Indian journal of veterinary science and animal husbandry - Volumes 24-25, 1954-1955
Year: 1954
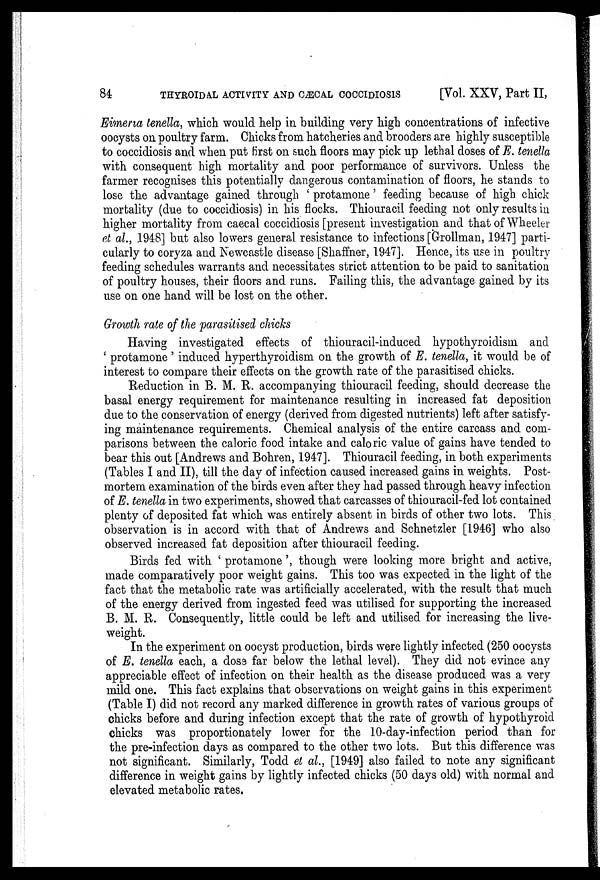
84
THYROIDAL ACTIVITY AND CÆCAL COCCIDIOSIS
[Vol. XXV, Part II,
Eimeria tenella, which would help in building very high concentrations of infective
oocysts on poultry farm. Chicks from hatcheries and brooders are highly susceptible
to coccidiosis and when put first on such floors may pick up lethal doses of E. tenella
with consequent high mortality and poor performance of survivors. Unless the
farmer recognises this potentially dangerous contamination of floors, he stands to
lose the advantage gained through ' protamone' feeding because of high chick
mortality (due to coccidiosis) in his flocks. Thiouracil feeding not only results in
higher mortality from caecal coccidiosis [present investigation and that of Wheeler
et al., 1948] but also lowers general resistance to infections [Grollman, 1947] parti-
cularly to coryza and Newcastle disease [Shaffner, 1947]. Hence, its use in poultry
feeding schedules warrants and necessitates strict attention to be paid to sanitation
of poultry houses, their floors and runs. Failing this, the advantage gained by its
use on one hand will be lost on the other.
Growth rate of the parasitised chicks
Having investigated effects of thiouracil-induced hypothyroidism and
' protamone' induced hyperthyroidism on the growth of E. tenella, it would be of
interest to compare their effects on the growth rate of the parasitised chicks.
Reduction in B. M. R. accompanying thiouracil feeding, should decrease the
basal energy requirement for maintenance resulting in increased fat deposition
due to the conservation of energy (derived from digested nutrients) left after satisfy-
ing maintenance requirements. Chemical analysis of the entire carcass and com-
parisons between the caloric food intake and caloric value of gains have tended to
bear this out [Andrews and Bohren, 1947]. Thiouracil feeding, in both experiments
(Tables I and II), till the day of infection caused increased gains in weights. Post-
mortem examination of the birds even after they had passed through heavy infection
of E. tenella in two experiments, showed that carcasses of thiouracil-fed lot contained
plenty of deposited fat which was entirely absent in birds of other two lots. This
observation is in accord with that of Andrews and Schnetzler [1946] who also
observed increased fat deposition after thiouracil feeding.
Birds fed with ' protamone ', though were looking more bright and active,
made comparatively poor weight gains. This too was expected in the light of the
fact that the metabolic rate was artificially accelerated, with the result that much
of the energy derived from ingested feed was utilised for supporting the increased
B. M. R. Consequently, little could be left and utilised for increasing the live-
weight.
In the experiment on oocyst production, birds were lightly infected (250 oocysts
of E. tenella each, a dose far below the lethal level). They did not evince any
appreciable effect of infection on their health as the disease produced was a very
mild one. This fact explains that observations on weight gains in this experiment
(Table I) did not record any marked difference in growth rates of various groups of
chicks before and during infection except that the rate of growth of hypothyroid
chicks was proportionately lower for the 10-day-infection period than for
the pre-infection days as compared to the other two lots. But this difference was
not significant. Similarly, Todd et al., [1949] also failed to note any significant
difference in weight gains by lightly infected chicks (50 days old) with normal and
elevated metabolic rates.